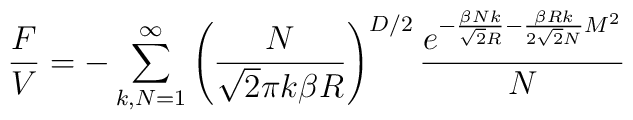
\frac{F}{V}=-\sum_{k,N=1}^\infty \left(\frac{N}{\sqrt{2}\pi k\beta R}\right)^{D/2}\frac{e^{-\frac{\beta Nk}{\sqrt{2} R}-\frac{\beta R k}{2\sqrt{2} N}M^2}}{N}